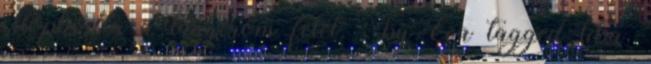
ellopkodta a tányérom felét. : by Éva tagged liba,